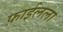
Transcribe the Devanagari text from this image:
फ़ाईलला